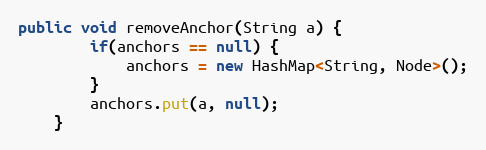
Language: Java
public void removeAnchor(String a) {
        if(anchors == null) {
            anchors = new HashMap<String, Node>();
        }
        anchors.put(a, null);
    }